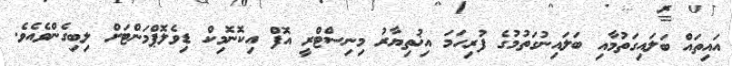
އައިތައް ބަލައިގަތުމާއި ބަލައިނުގަތުމުގެ ފުރިހަމަ އިޚުތިޔާރު މިނިސްޓްރީ އޮފް އިކޮނޮމިކް ޑިވެލޮޕްމަންޓަށް ލިބިގެންވެއެވެ.